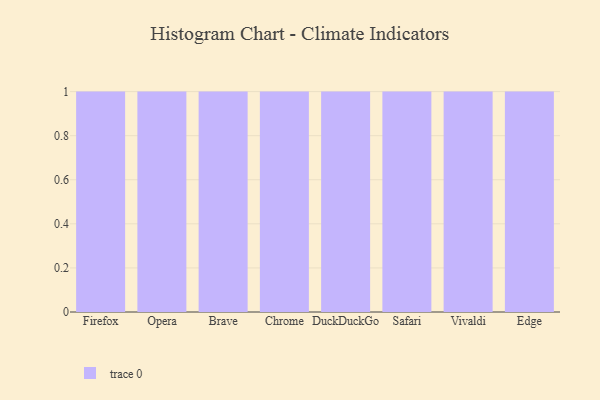
{"axis": {"x": "Browser", "y": "Waste Production (Tons)"}, "legend": [""], "data": [{"x": "Firefox", "y": 99, "type": ""}, {"x": "Opera", "y": 58, "type": ""}, {"x": "Brave", "y": 84, "type": ""}, {"x": "Chrome", "y": 30, "type": ""}, {"x": "DuckDuckGo", "y": 50, "type": ""}, {"x": "Safari", "y": 17, "type": ""}, {"x": "Vivaldi", "y": 3, "type": ""}, {"x": "Edge", "y": 71, "type": ""}]}